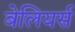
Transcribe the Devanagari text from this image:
बेलियर्स